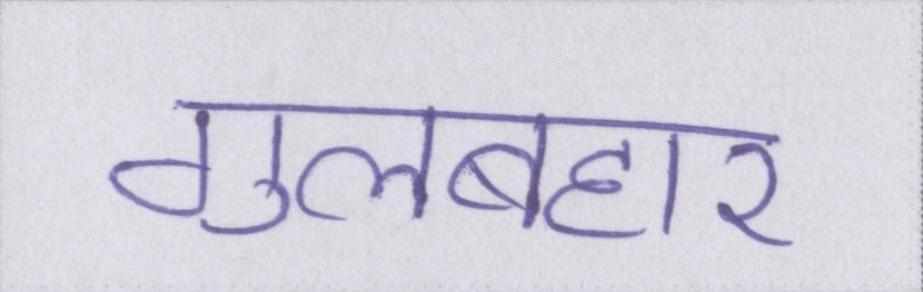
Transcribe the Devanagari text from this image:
गुलबहार